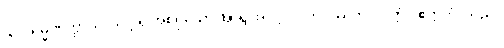
သဒ္ဒါရမ္မဏတ္ထာယ၊ သဒ္ဒါရုံ အစရှိသော အာရုံ အလို့ငှာ။ ဘဝိဿတိ၊ လတ္တံ့။ ဧတ္တကံ၊ သည်။